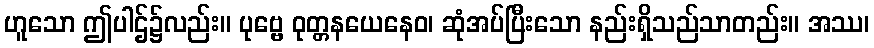
ဟူသော ဤပါဌ်၌လည်း။ ပုဗ္ဗေ ဝုတ္တနယေနေဝ၊ ဆုံအပ်ပြီးသော နည်းရှိသည်သာတည်း။ အဿ၊